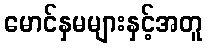
မောင်နှမများနှင့်အတူ